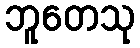
ဘူတေသု